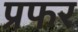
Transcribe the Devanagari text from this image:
प्रफर